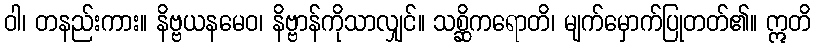
ဝါ၊ တနည်းကား။ နိဗ္ဗယနမေဝ၊ နိဗ္ဗာန်ကိုသာလျှင်။ သစ္ဆိကရောတိ၊ မျက်မှောက်ပြုတတ်၏။ ဣတိ